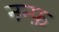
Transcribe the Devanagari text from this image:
नन्फ़